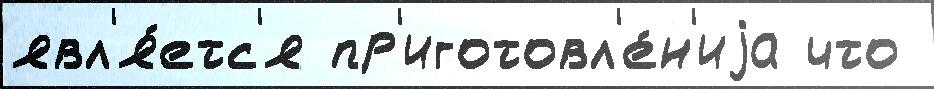
явл'я́етс'я пр'иготовл'е́н'иjа что